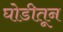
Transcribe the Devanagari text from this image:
घोडीतून